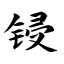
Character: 锓